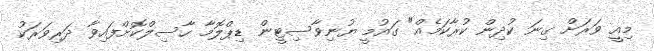
މިއީ ވަރަށް ގިނަ ކުދިން ކުރާކަމެއް" ގައުމީ ޔުނިވާސިޓީން ޑިޕްލޮމާ ހާސިލްކޮށްފައިވާ ދަރިވަރަކު